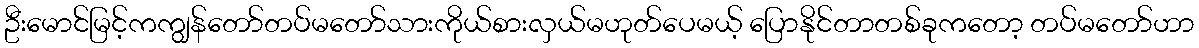
ဦးမောင်မြင့်ကကျွန်တော်တပ်မတော်သားကိုယ်စားလှယ်မဟုတ်ပေမယ့် ပြောနိုင်တာတစ်ခုကတော့ တပ်မတော်ဟာ